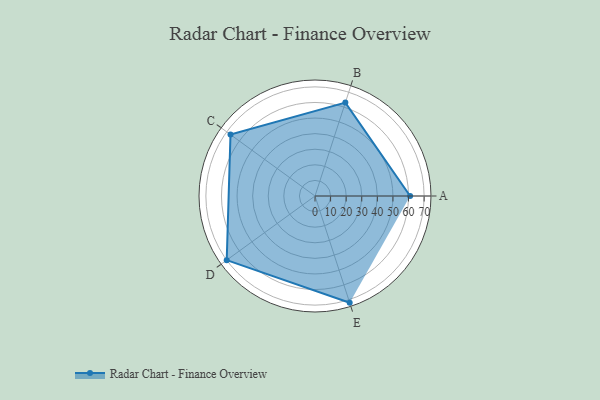
{"axis": {"x": "Skill", "y": "Score"}, "legend": ["Profile"], "data": [{"x": "A", "y": 61.0, "type": "Profile"}, {"x": "B", "y": 63.0, "type": "Profile"}, {"x": "C", "y": 67.0, "type": "Profile"}, {"x": "D", "y": 70.0, "type": "Profile"}, {"x": "E", "y": 72.0, "type": "Profile"}]}